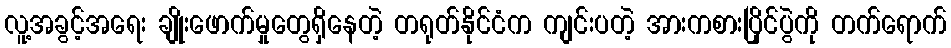
လူ့အခွင့်အရေး ချိုးဖောက်မှုတွေရှိနေတဲ့ တရုတ်နိုင်ငံက ကျင်းပတဲ့ အားကစားပြိုင်ပွဲကို တက်ရောက်